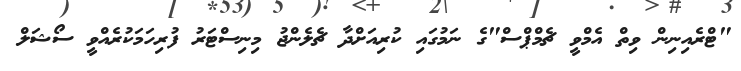
"ޓްރެއިނިން ވިތް އެމްވީ ޗެމްޕްސް"ގެ ނަމުގައި ކުރިއަށްދާ ޗެލެންޖު މިނިސްޓަރު ފުރިހަމަކުރެއްވީ ސޯޝަލް